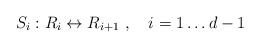
\begin{align*}S_{i}: R_i \leftrightarrow R_{i+1}\ ,\quad i=1\dots d-1\end{align*}